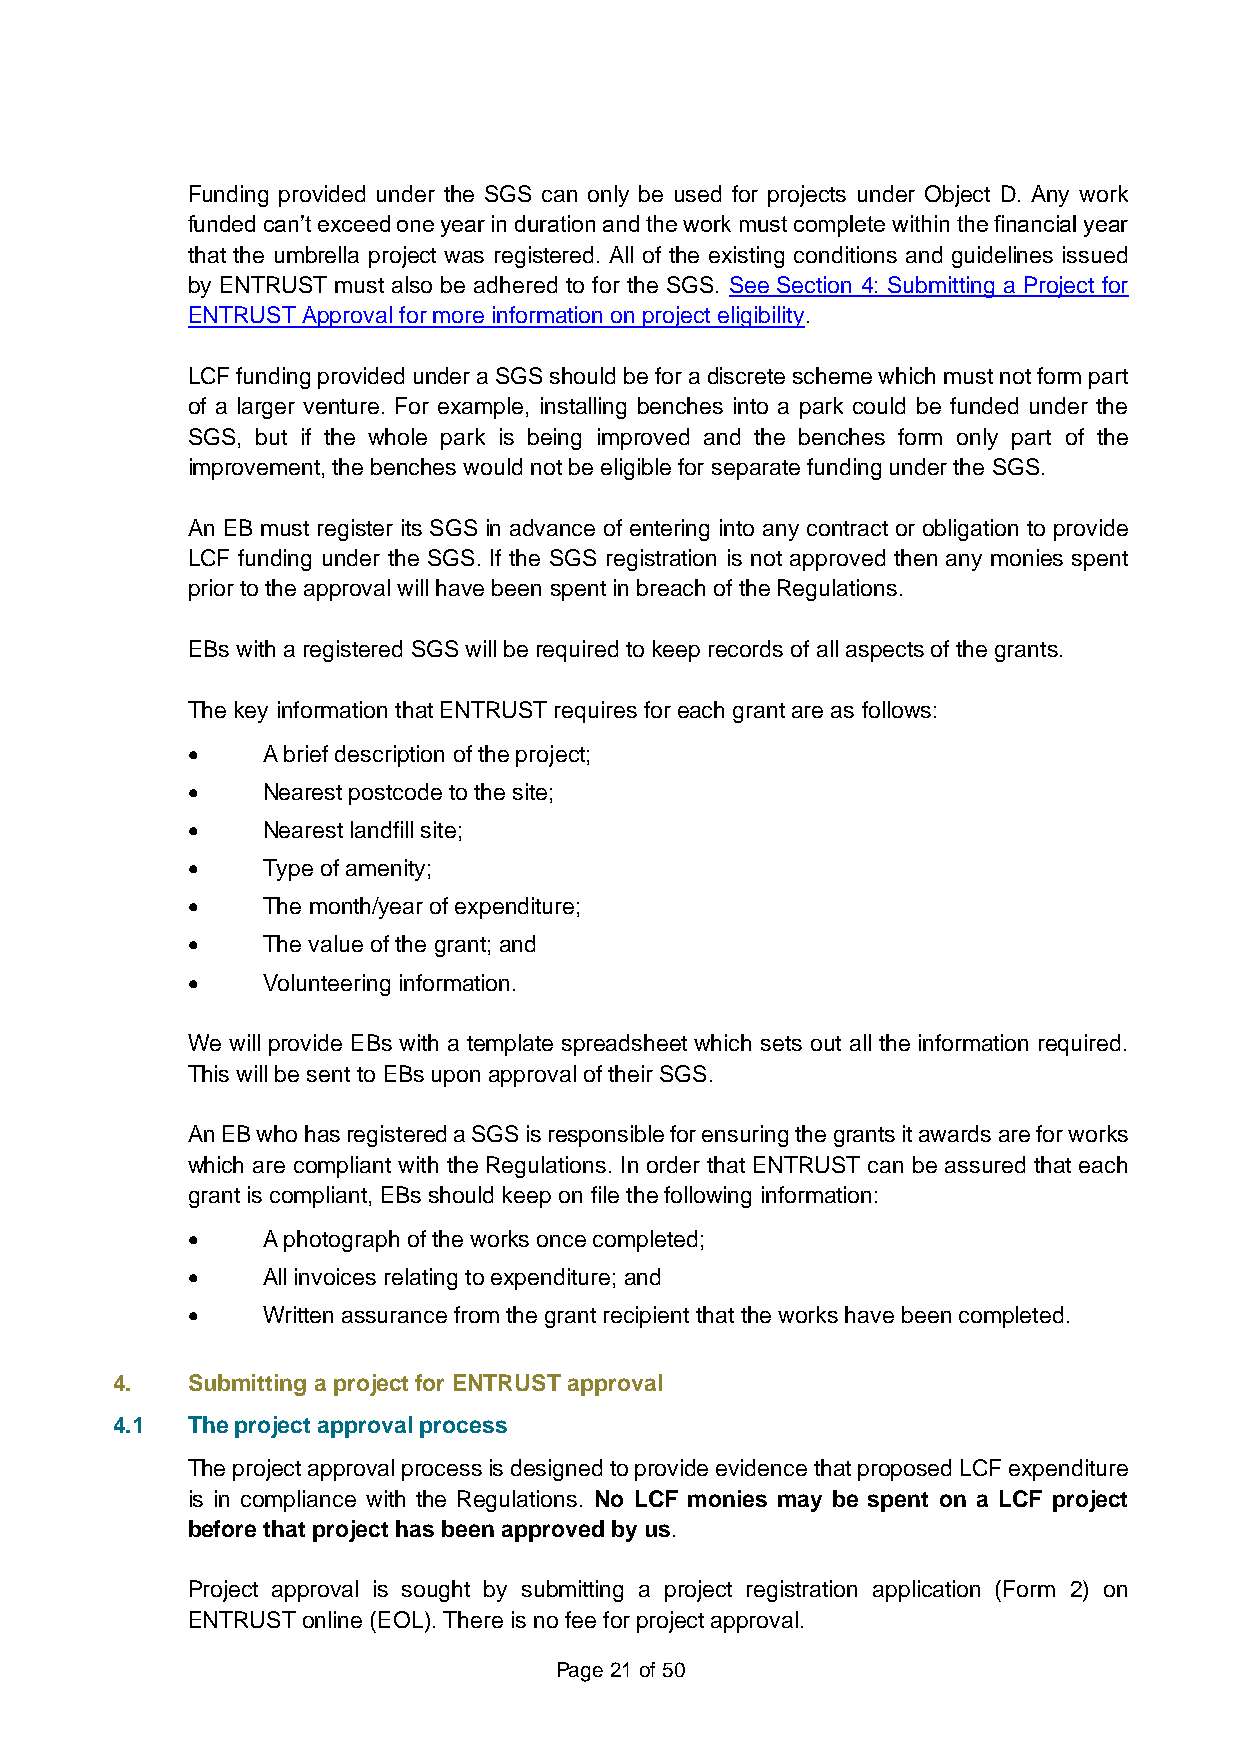
Funding provided under the SGS can only be used for projects under Object D. Any work
 funded can’t exceed one year in duration and the work must complete within the financial year
 that the umbrella project was registered. All of the existing conditions and guidelines issued
 by ENTRUST must also be adhered to for the SGS. See Section 4: Submitting a Project for
 ENTRUST Approval for more information on project eligibility.
 LCF funding provided under a SGS should be for a discrete scheme which must not form part
 of a larger venture. For example, installing benches into a park could be funded under the
 SGS, but if the whole park is being improved and the benches form only part of the
 improvement, the benches would not be eligible for separate funding under the SGS.
 An EB must register its SGS in advance of entering into any contract or obligation to provide
 LCF funding under the SGS. If the SGS registration is not approved then any monies spent
 prior to the approval will have been spent in breach of the Regulations.
 EBs with a registered SGS will be required to keep records of all aspects of the grants.
 The key information that ENTRUST requires for each grant are as follows:
 •    A brief description of the project;
 •    Nearest postcode to the site;
 •    Nearest landfill site;
 •    Type of amenity;
 •    The month/year of expenditure;
 •    The value of the grant; and
 •    Volunteering information.
 We will provide EBs with a template spreadsheet which sets out all the information required.
 This will be sent to EBs upon approval of their SGS.
 An EB who has registered a SGS is responsible for ensuring the grants it awards are for works
 which are compliant with the Regulations. In order that ENTRUST can be assured that each
 grant is compliant, EBs should keep on file the following information:
 •    A photograph of the works once completed;
 •    All invoices relating to expenditure; and
 •    Written assurance from the grant recipient that the works have been completed.
 4.   Submitting a project for ENTRUST approval
 4.1  The project approval process
 The project approval process is designed to provide evidence that proposed LCF expenditure
 is in compliance with the Regulations. No LCF monies may be spent on a LCF project
 before that project has been approved by us.
 Project approval is sought by submitting a project registration application (Form 2) on
 ENTRUST online (EOL). There is no fee for project approval.
 Page 21 of 50